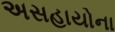
અસહાયોના